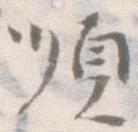
順